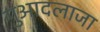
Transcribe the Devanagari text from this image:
गुआदलाजा